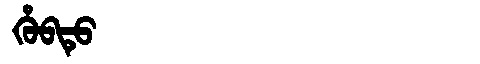
Manchu: ᡥᡠᠪᡨᡠ
Romanization: HUBTU